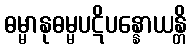
ဓမ္မာနုဓမ္မပဋိပန္နောယန္တိ